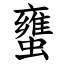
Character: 䗸